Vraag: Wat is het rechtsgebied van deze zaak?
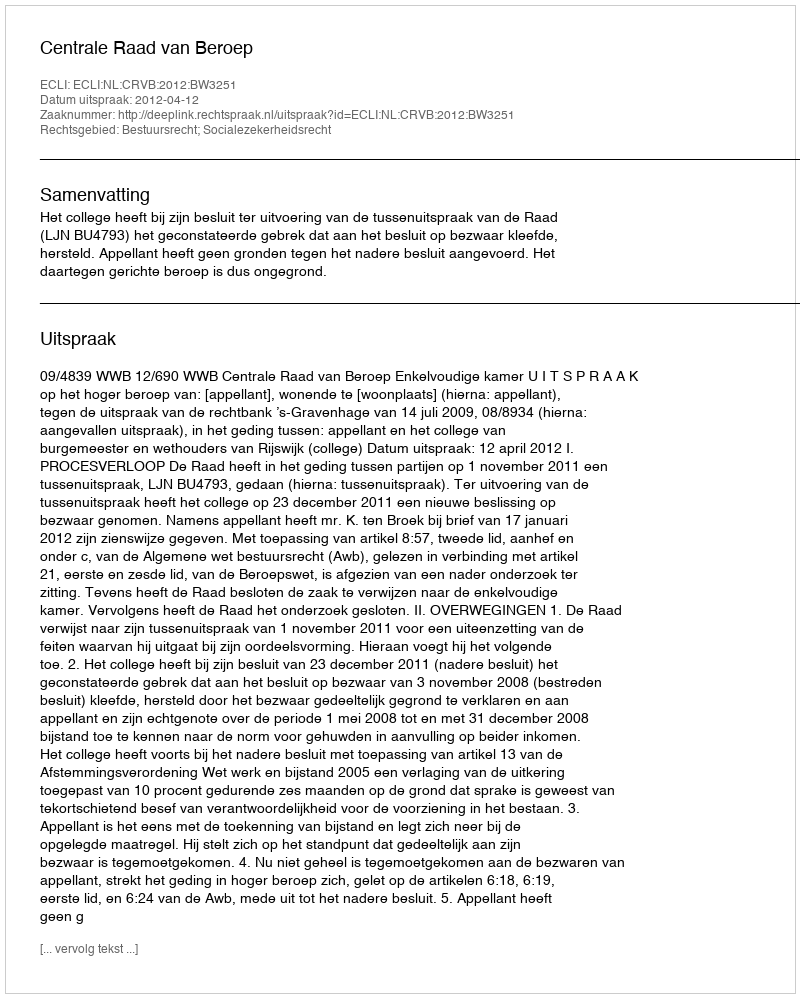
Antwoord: Bestuursrecht; Socialezekerheidsrecht